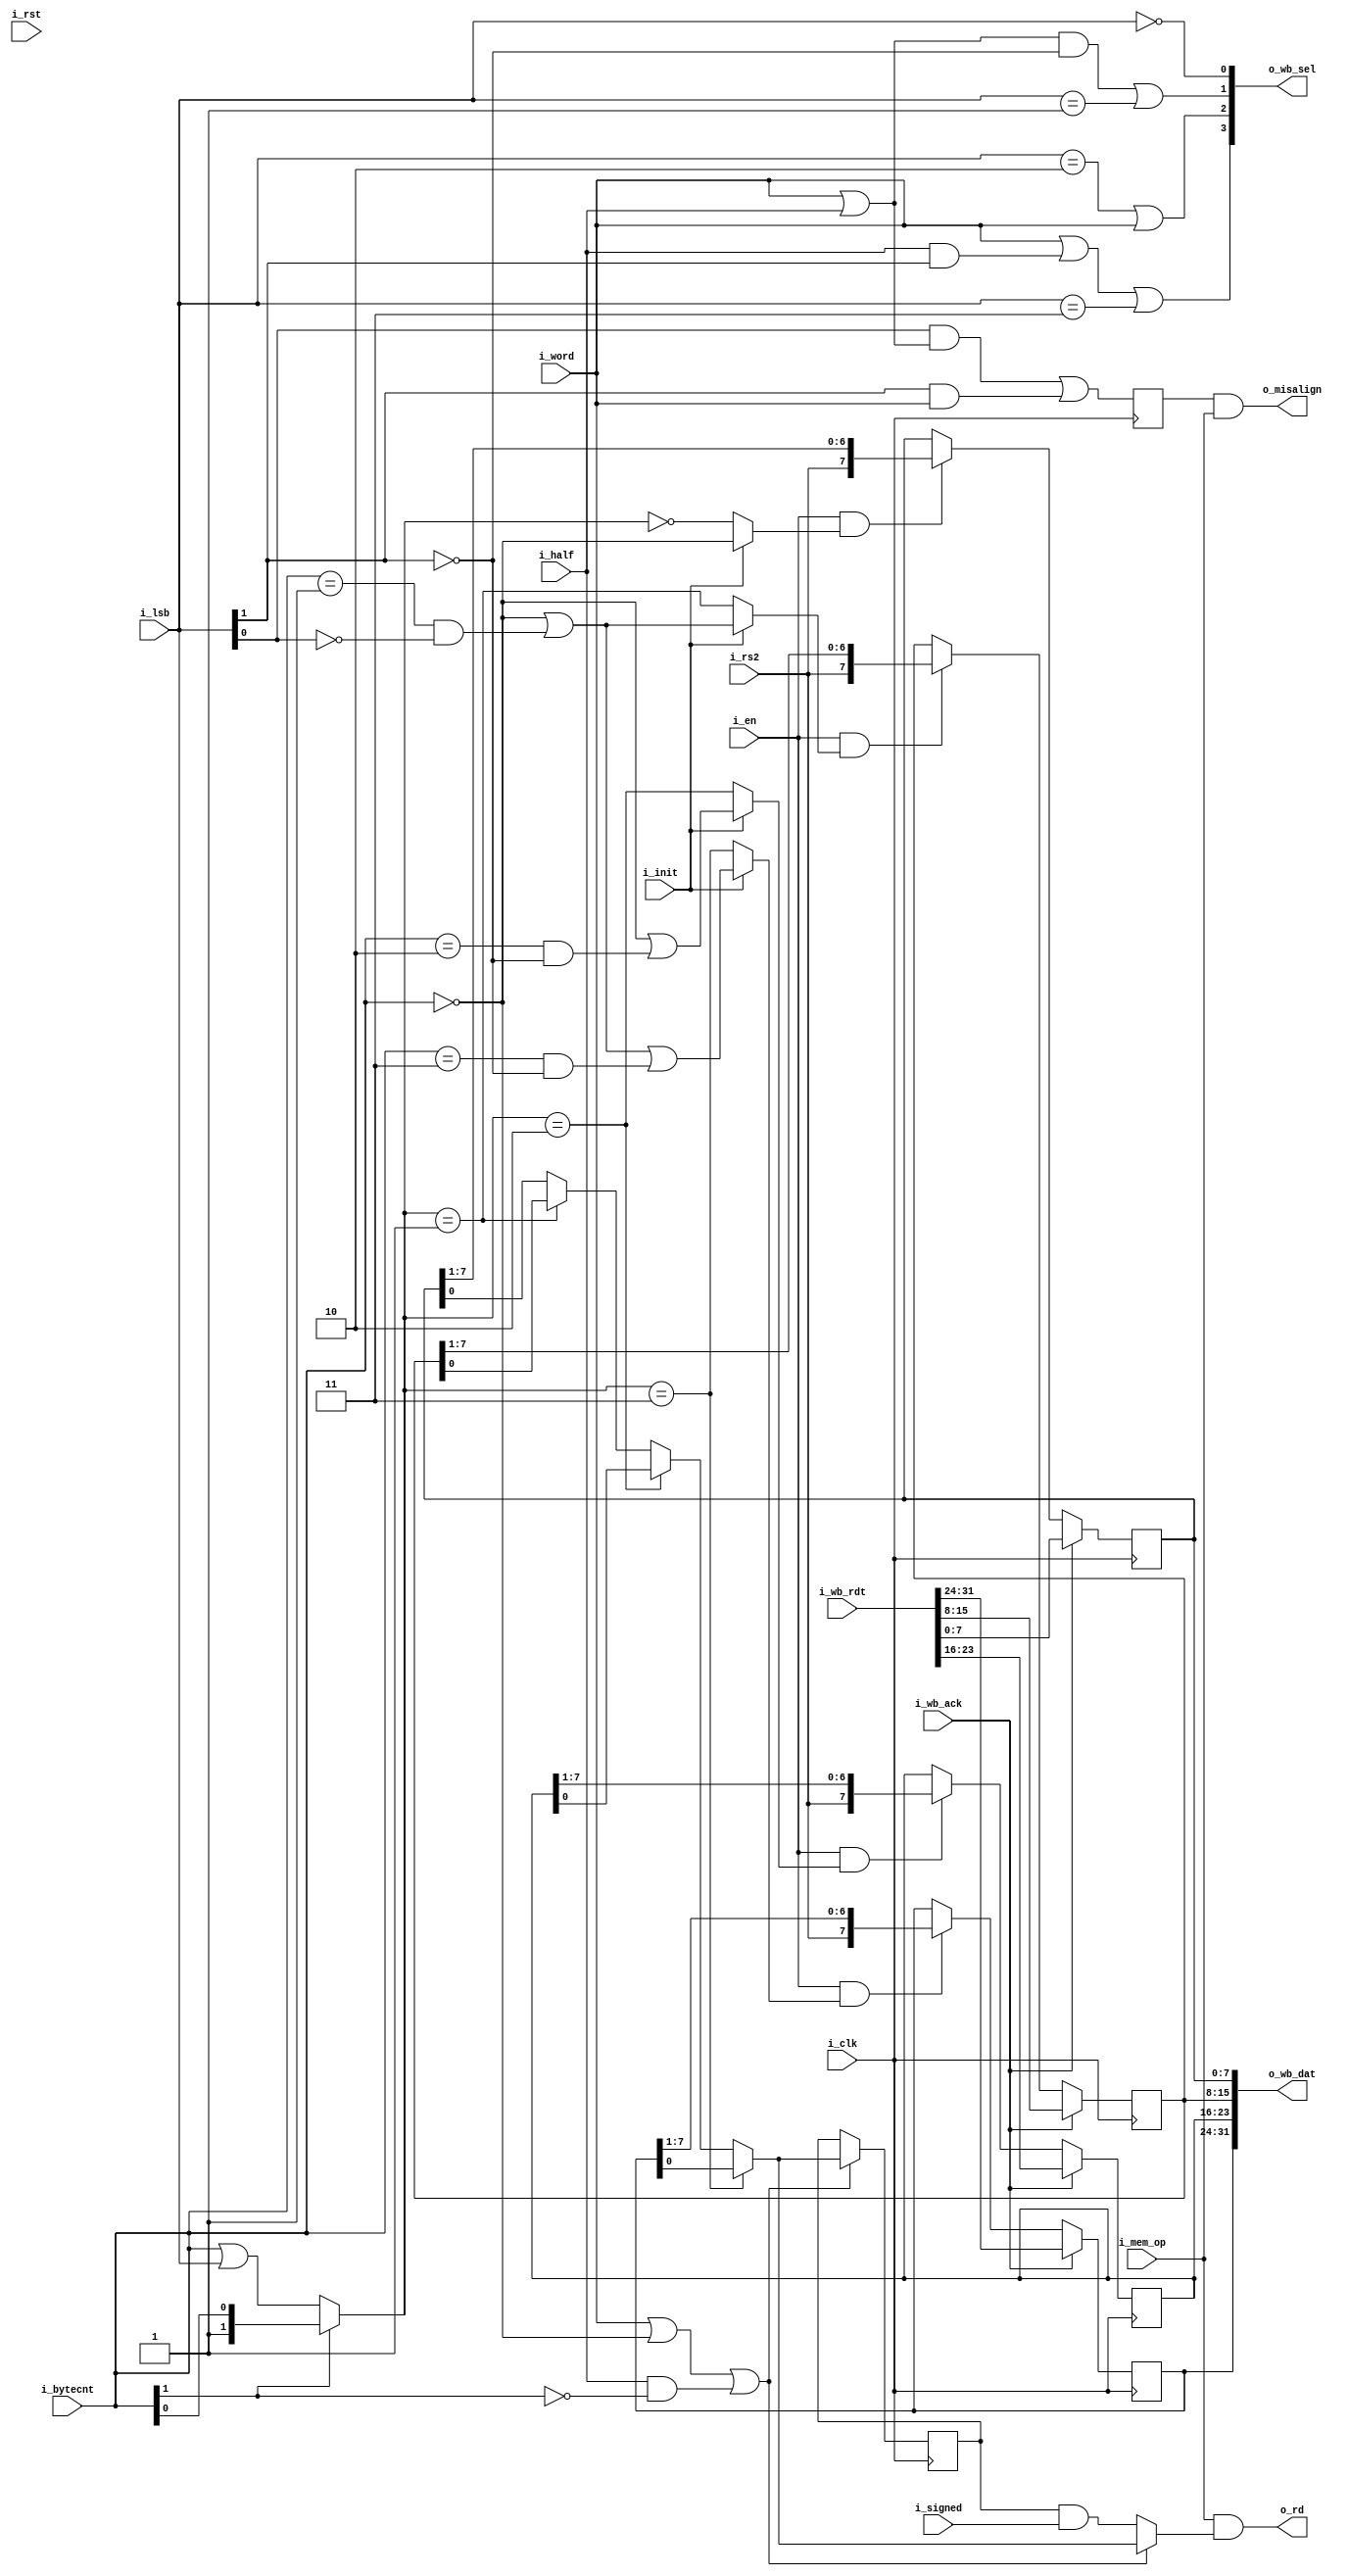
`default_nettype none
module serv_mem_if
  (
   input wire 	      i_clk,
   input wire 	      i_rst,
   input wire 	      i_en,
   input wire 	      i_init,
   input wire 	      i_mem_op,
   input wire 	      i_signed,
   input wire 	      i_word,
   input wire 	      i_half,
   input wire [1:0]   i_bytecnt,
   input wire 	      i_rs2,
   output wire 	      o_rd,
   input wire [1:0]   i_lsb,
   output wire 	      o_misalign,
   //External interface
   output wire [31:0] o_wb_dat,
   output wire [3:0]  o_wb_sel,
   input wire [31:0]  i_wb_rdt,
   input wire 	      i_wb_ack);

   reg           signbit;
   reg 		 misalign;

   reg [7:0] 	 dat0;
   reg [7:0] 	 dat1;
   reg [7:0] 	 dat2;
   reg [7:0] 	 dat3;
   wire 	 dat0_en;
   wire 	 dat1_en;
   wire 	 dat2_en;
   wire 	 dat3_en;

   wire [1:0] dat_sel = i_bytecnt[1] ? i_bytecnt : (i_bytecnt | i_lsb);

   wire 	 dat_cur = (dat_sel == 3) ? dat3[0] :
		 (dat_sel == 2) ? dat2[0] :
		 (dat_sel == 1) ? dat1[0] : dat0[0];

   wire dat_valid = i_word | (i_bytecnt == 2'b00) | (i_half & !i_bytecnt[1]);
   assign o_rd = i_mem_op & (dat_valid ? dat_cur : signbit & i_signed);


   wire       upper_half = i_lsb[1];

   assign o_wb_sel[3] = i_word | (i_half & i_lsb[1]) | (i_lsb == 2'b11);
   assign o_wb_sel[2] = (i_lsb == 2'b10) | i_word;
   assign o_wb_sel[1] = ((i_word | i_half) & !i_lsb[1]) | (i_lsb == 2'b01);
   assign o_wb_sel[0] = (i_lsb == 2'b00);

   wire       wbyte0 = (i_bytecnt == 2'b00);
   wire       wbyte1 = ((i_bytecnt == 2'b01) & !i_lsb[0]);
   wire       wbyte2 = ((i_bytecnt == 2'b10) & !i_lsb[1]);
   wire       wbyte3 = ((i_bytecnt == 2'b11) & !i_lsb[1]);

   assign dat0_en = i_en & (i_init ? wbyte0 : (dat_sel == 2'd0));
   assign dat1_en = i_en & (i_init ? (wbyte0 | wbyte1) : (dat_sel == 2'd1));
   assign dat2_en = i_en & (i_init ? (wbyte0 | wbyte2) : (dat_sel == 2'd2));
   assign dat3_en = i_en & (i_init ? (wbyte0 | wbyte1 | wbyte3) : (dat_sel == 2'd3));

   assign o_wb_dat = {dat3,dat2,dat1,dat0};

   assign o_misalign = misalign & i_mem_op;

   always @(posedge i_clk) begin

      if (dat0_en)
	dat0 <= {i_rs2, dat0[7:1]};
      if (dat1_en)
	dat1 <= {i_rs2, dat1[7:1]};
      if (dat2_en)
	dat2 <= {i_rs2, dat2[7:1]};
      if (dat3_en)
	dat3 <= {i_rs2, dat3[7:1]};

      if (i_wb_ack)
	{dat3,dat2,dat1,dat0} <= i_wb_rdt;

      misalign <= (i_lsb[0] & (i_word | i_half)) | (i_lsb[1] & i_word);
      if (dat_valid)
        signbit <= dat_cur;

   end
endmodule